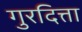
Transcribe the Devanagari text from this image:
गुरदित्ता